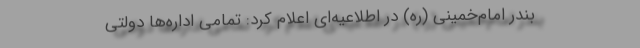
بندر امام‌خمینی (ره) در اطلاعیه‌ای اعلام کرد: تمامی اداره‌ها دولتی